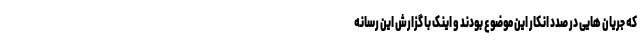
که جریان هایی در صدد انکار این موضوع بودند و اینک با گزارش این رسانه